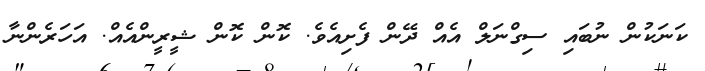
ކަނަކުން ނުބައި ސިގްނަލް އެއް ދޭން ފެށިއެވެ. ކޮން ކޮން ޝީރީންއެއް. އަހަރެންނާ